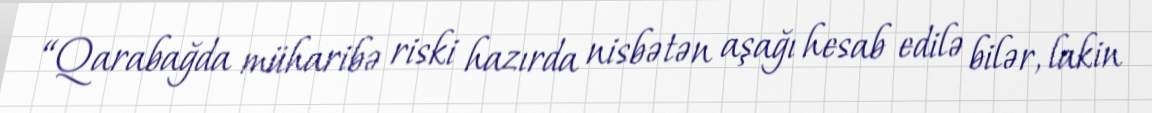
“Qarabağda müharibə riski hazırda nisbətən aşağı hesab edilə bilər, lakin